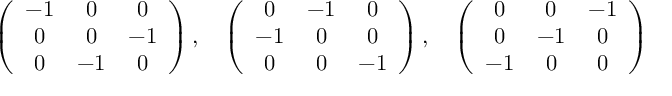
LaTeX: \left( \begin{array} { c c c } { { - 1 } } & { { 0 } } & { { 0 } } \\ { { 0 } } & { { 0 } } & { { - 1 } } \\ { { 0 } } & { { - 1 } } & { { 0 } } \end{array} \right) , \quad \left( \begin{array} { c c c } { { 0 } } & { { - 1 } } & { { 0 } } \\ { { - 1 } } & { { 0 } } & { { 0 } } \\ { { 0 } } & { { 0 } } & { { - 1 } } \end{array} \right) , \quad \left( \begin{array} { c c c } { { 0 } } & { { 0 } } & { { - 1 } } \\ { { 0 } } & { { - 1 } } & { { 0 } } \\ { { - 1 } } & { { 0 } } & { { 0 } } \end{array} \right)